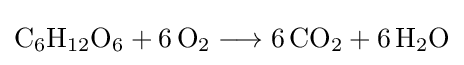
{\mathrm {C} {\vphantom {A}}_{\smash[{t}]{6}}\mathrm {H} {\vphantom {A}}_{\smash[{t}]{12}}\mathrm {O} {\vphantom {A}}_{\smash[{t}]{6}}{}+{}6\,\mathrm {O} {\vphantom {A}}_{\smash[{t}]{2}}{}\mathrel {\longrightarrow } {}6\,\mathrm {CO} {\vphantom {A}}_{\smash[{t}]{2}}{}+{}6\,\mathrm {H} {\vphantom {A}}_{\smash[{t}]{2}}\mathrm {O} }